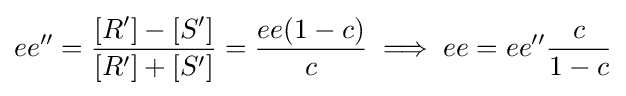
ee''={\frac {[R']-[S']}{[R']+[S']}}={\frac {ee(1-c)}{c}}\implies ee=ee''{\frac {c}{1-c}}